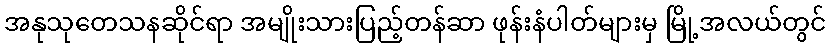
အနုသုတေသနဆိုင်ရာ အမျိုးသားပြည့်တန်ဆာ ဖုန်းနံပါတ်များမှ မြို့အလယ်တွင်